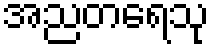
အညတရေသု